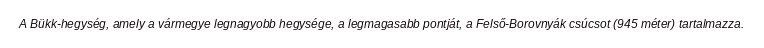
A Bükk-hegység, amely a vármegye legnagyobb hegysége, a legmagasabb pontját, a Felső-Borovnyák csúcsot (945 méter) tartalmazza.